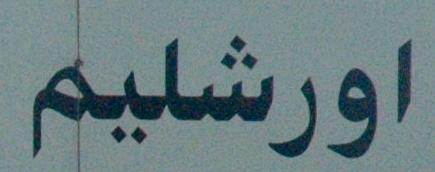
اورشليم